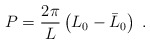
\begin{align*}P=\displaystyle\frac{2\pi }{L}\left( L_{0}-\bar{L}_{0}\right) \; .\end{align*}